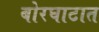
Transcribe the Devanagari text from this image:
बोरघाटात